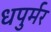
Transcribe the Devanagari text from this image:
धपुर्मर